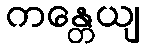
ကန္တေယျ